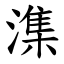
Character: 潗